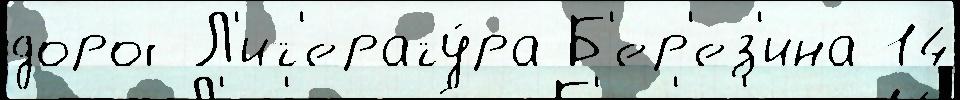
дорог Л'ит'ерату́ра Б'ер'ез'ина 14